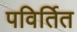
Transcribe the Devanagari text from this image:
पविर्तित